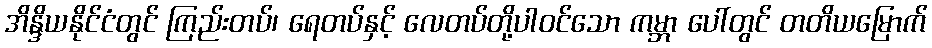
အိန္ဒိယနိုင်ငံတွင် ကြည်းတပ်၊ ရေတပ်နှင့် လေတပ်တို့ပါဝင်သော ကမ္ဘာ ပေါ်တွင် တတိယမြောက်